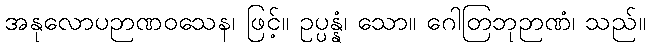
အနုလောပဉာဏဝသေန၊ ဖြင့်။ ဥပ္ပန္နံ၊ သော။ ဂေါတြဘုဉာဏံ၊ သည်။